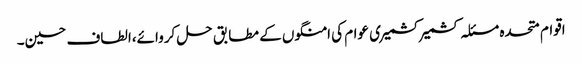
اقوام متحدہ مسئلہ کشمیر کشمیری عوام کی امنگوں کے مطابق حل کروائے،الطاف حسین۔